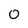
Character: 0